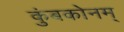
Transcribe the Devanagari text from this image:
कुंबकोनम्